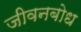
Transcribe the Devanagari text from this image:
जीवनबोध